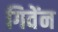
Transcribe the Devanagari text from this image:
गिवेंन